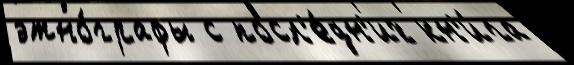
этно́графы с посл'е́дн'их кн'и́га